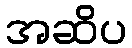
အဆိပ